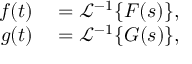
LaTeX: \begin{array} { r l } { f ( t ) } & { { } = { \mathcal { L } } ^ { - 1 } \{ F ( s ) \} , } \\ { g ( t ) } & { { } = { \mathcal { L } } ^ { - 1 } \{ G ( s ) \} , } \end{array}